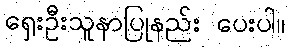
ရှေးဦးသူနာပြုနည်း ပေးပါ။